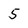
Character: 5